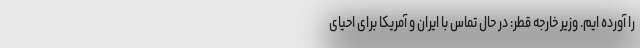
را آورده ایم. وزیر خارجه قطر: در حال تماس با ایران و آمریکا برای احیای